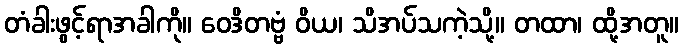
တံခါးဖွင့်ရာအခါကို။ ဝေဒိတဗ္ဗံ ဝိယ၊ သိအပ်သကဲ့သို့။ တထာ၊ ထို့အတူ။